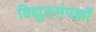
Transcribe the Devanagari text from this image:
विद्युतसंपर्कों